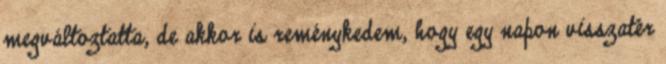
megváltoztatta, de akkor is reménykedem, hogy egy napon visszatér